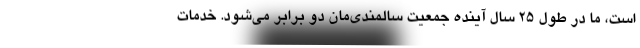
است، ما در طول ۲۵ سال آینده جمعیت سالمندی‌مان دو برابر می‌شود. خدمات